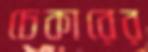
চেকারের